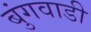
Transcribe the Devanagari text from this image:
बुंगवाडी